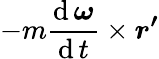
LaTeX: -m{\frac{\operatorname{d}{\boldsymbol{\omega}}}{\operatorname{d}t}}\times{\boldsymbol{r^{\prime}}}